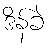
ဒိန်ခဲ